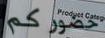
حضوركم